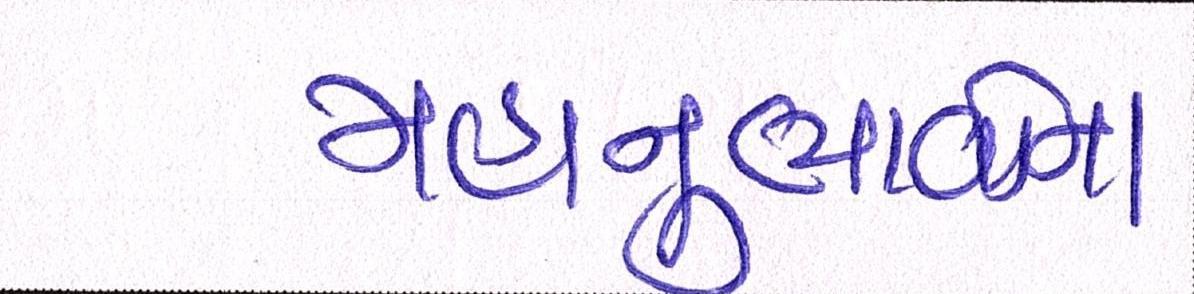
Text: મહાનુભાવોના